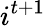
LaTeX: i^{t+1}